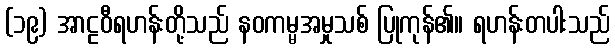
(၁၉) အာဠဝီရဟန်းတို့သည် နဝကမ္မအမှုသစ် ပြုကုန်၏။ ရဟန်းတပါးသည်